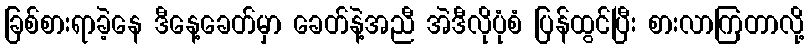
ခြစ်စားရာခဲ့နေ ဒီနေ့ခေတ်မှာ ခေတ်နဲ့အညီ အဲဒီလိုပုံစံ ပြန်ထွင်ပြီး စားလာကြတာလို့